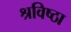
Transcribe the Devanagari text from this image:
श्रविष्ठा